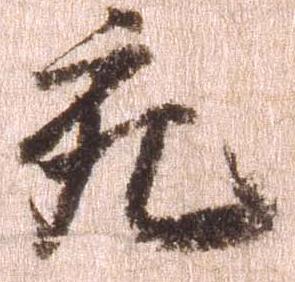
充